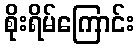
စိုးရိမ်ကြောင်း